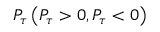
P _ { \tau } \left( P _ { \tau } > 0 , P _ { \tau } < 0 \right)